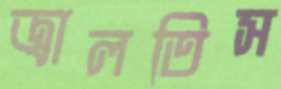
জ্বালতিস